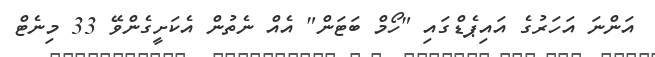
އަންނަ އަހަރުގެ އައިޕެޑްގައި "ހޯމް ބަޓަން" އެއް ނެތުން އެކަށީގެންވޭ 33 މިނެޓް